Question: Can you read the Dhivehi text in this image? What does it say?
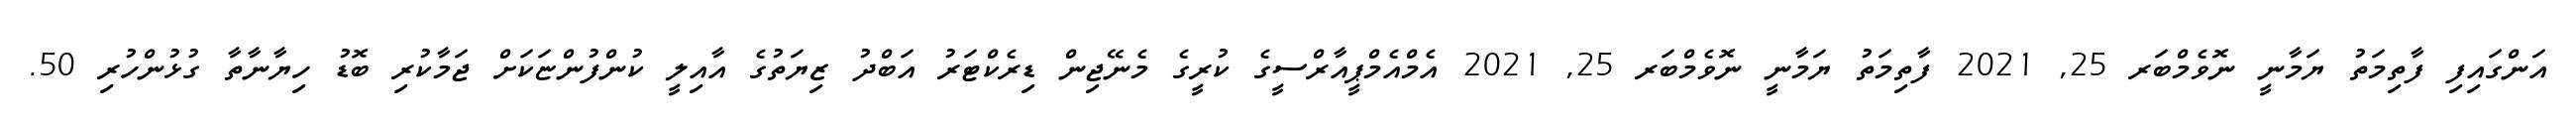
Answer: އަންގައިފި ފާތިމަތު ޔަމާނީ ނޮވެމްބަރ 25, 2021 ފާތިމަތު ޔަމާނީ ނޮވެމްބަރ 25, 2021 އެމްއެމްޕީއާރްސީގެ ކުރީގެ މެނޭޖިން ޑިރެކްޓަރު އަބްދު ޒިޔަތުގެ އާއިލީ ކުންފުންޏަކަށް ޖަމާކުރި ބޮޑު ހިޔާނާތާ ގުޅުންހުރި 50.